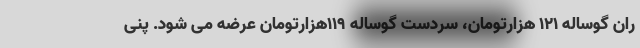
ران گوساله ۱۲۱ هزارتومان، سردست گوساله ۱۱۹هزارتومان عرضه می شود. پنی